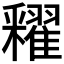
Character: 𨤠